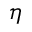
\eta